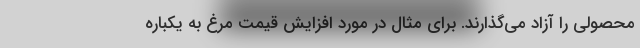
محصولی را آزاد می‌گذارند. برای مثال در مورد افزایش قیمت مرغ به یکباره